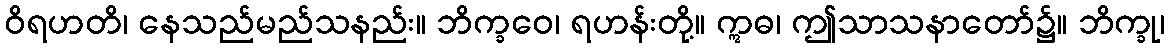
ဝိရဟတိ၊ နေသည်မည်သနည်း။ ဘိက္ခဝေ၊ ရဟန်းတို့။ ဣဓ၊ ဤသာသနာတော်၌။ ဘိက္ခု၊